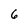
Character: 6